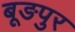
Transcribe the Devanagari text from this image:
बूङपुर